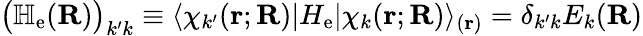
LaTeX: {\big(}\mathbb{H}_{\mathrm{e}}(\mathbf{R}){\big)}_{k^{\prime}k}\equiv\langle\chi_{k^{\prime}}(\mathbf{r};\mathbf{R})|H_{\mathrm{e}}|\chi_{k}(\mathbf{r};\mathbf{R})\rangle_{(\mathbf{r})}=\delta_{k^{\prime}k}E_{k}(\mathbf{R})